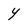
Character: Y